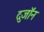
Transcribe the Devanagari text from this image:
दुजॉन